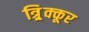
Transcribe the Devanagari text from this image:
त्र्र्र्रिक्कूर